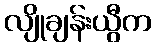
လျိုချန်းယွီက